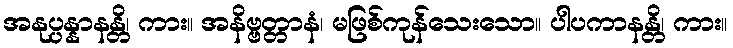
အနုပ္ပန္နာနန္တိ၊ ကား။ အနိဗ္ဗတ္တာနံ၊ မဖြစ်ကုန်သေးသော။ ပါပကာနန္တိ၊ ကား။